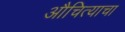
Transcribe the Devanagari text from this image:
औचित्याचा